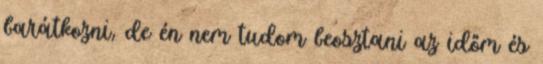
barátkozni, de én nem tudom beosztani az időm és